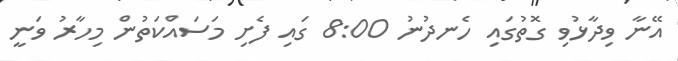
އޭނާ ވިދާޅުވި ގޮތުގައި ހެނދުނު 8:00 ގައި ފެށި މަސައްކަތުން މިހާރު ވަނީ